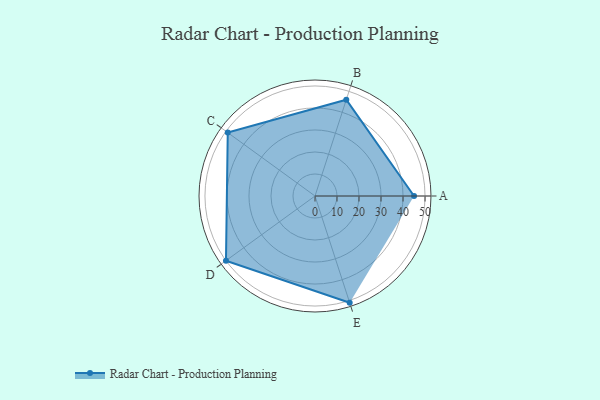
{"axis": {"x": "Skill", "y": "Score"}, "legend": ["Profile"], "data": [{"x": "A", "y": 45.0, "type": "Profile"}, {"x": "B", "y": 46.0, "type": "Profile"}, {"x": "C", "y": 49.0, "type": "Profile"}, {"x": "D", "y": 50.0, "type": "Profile"}, {"x": "E", "y": 51.0, "type": "Profile"}]}